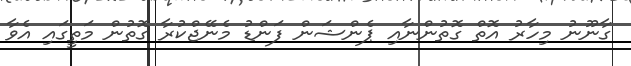
ގާނޫނު މިހާރު އޮތް ގޮތުންނާއި ޕެންޝަން ފަންޑު މެނޭޖްކުރާ ގޮތުން މަތީގައި އެވާ